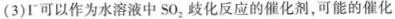
(3)I^{-}可以作为水溶液中SO_{2}歧化反应的催化剂，可能的催化